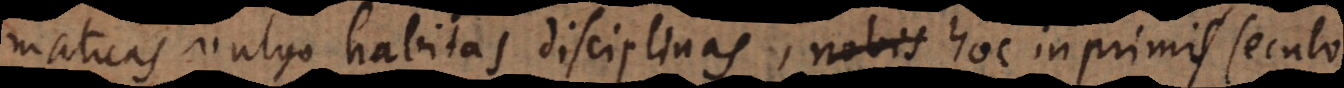
maticas vulgo habitas disciplinas, nobis hoc inprimis seculo